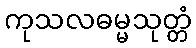
ကုသလဓမ္မသုတ္တံ